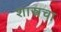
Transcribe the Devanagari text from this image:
शास्त्रचा